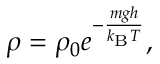
\rho = \rho _ { 0 } e ^ { - { \frac { m g h } { k _ { \mathrm { { B } } } T } } } ,